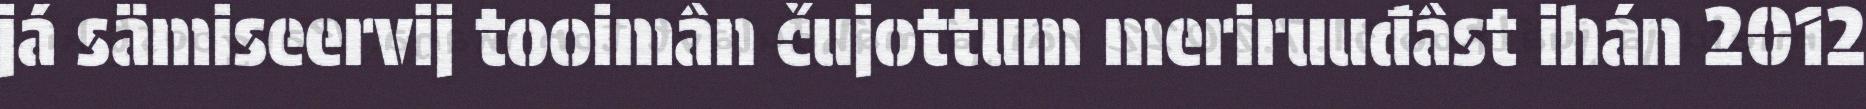
já sämiseervij tooimân čujottum meriruuđâst ihán 2012